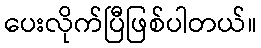
ပေးလိုက်ပြီဖြစ်ပါတယ်။